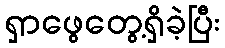
ရှာဖွေတွေ့ရှိခဲ့ပြီး